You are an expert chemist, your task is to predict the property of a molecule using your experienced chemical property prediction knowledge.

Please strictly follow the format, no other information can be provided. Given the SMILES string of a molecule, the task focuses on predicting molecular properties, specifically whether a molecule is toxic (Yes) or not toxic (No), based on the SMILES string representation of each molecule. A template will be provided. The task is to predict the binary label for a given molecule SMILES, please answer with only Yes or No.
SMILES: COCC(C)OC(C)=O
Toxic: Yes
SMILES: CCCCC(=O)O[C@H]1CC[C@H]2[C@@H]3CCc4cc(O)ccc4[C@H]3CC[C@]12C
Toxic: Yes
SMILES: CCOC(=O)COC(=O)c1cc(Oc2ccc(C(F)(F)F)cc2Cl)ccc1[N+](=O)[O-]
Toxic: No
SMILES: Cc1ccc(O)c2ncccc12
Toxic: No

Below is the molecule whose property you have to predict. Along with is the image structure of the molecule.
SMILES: CCOC(=O)CC([O-])C(=O)OCC
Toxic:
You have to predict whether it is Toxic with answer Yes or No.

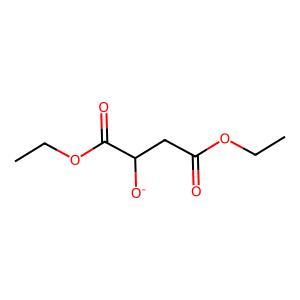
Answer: No